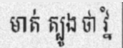
មាត់ ត្បូង ថា វ្នំ